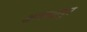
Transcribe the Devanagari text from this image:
अलध्यापुर